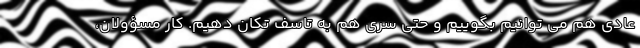
عادی هم می توانیم بگوییم و حتی سری هم به تاسف تکان دهیم. کار مسؤولان،